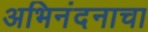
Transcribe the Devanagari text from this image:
अभिनंदनाचा